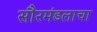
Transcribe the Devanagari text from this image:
सौरमंडलाचा